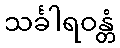
သင်္ခါရဝန္တံ